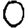
Digit: 0